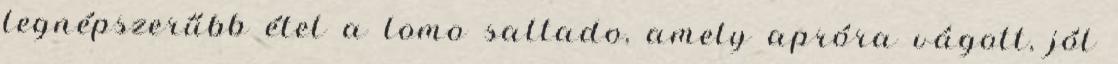
legnépszerűbb étel a lomo saltado, amely apróra vágott, jól